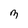
Character: 3